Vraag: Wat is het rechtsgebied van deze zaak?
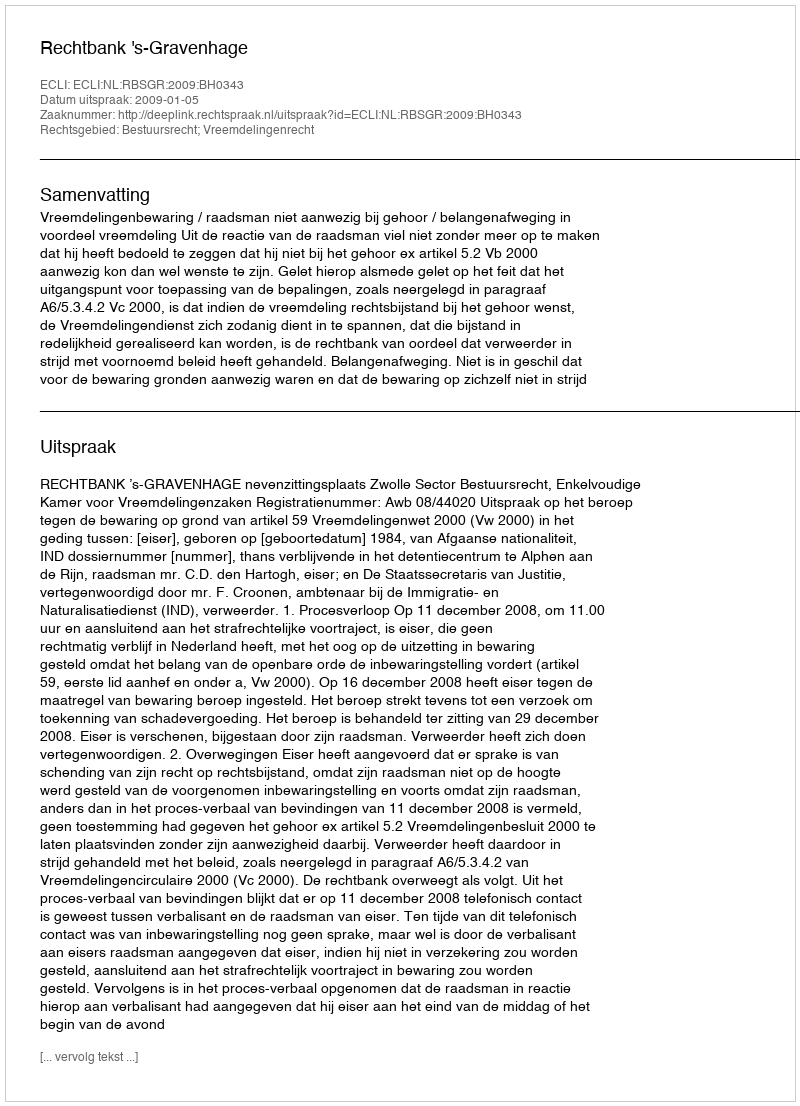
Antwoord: Bestuursrecht; Vreemdelingenrecht